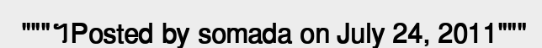
"""។Posted by somada on July 24, 2011"""